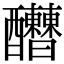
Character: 𨤇